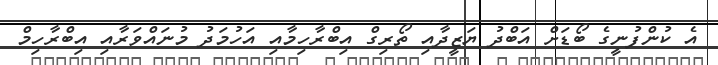
އެ ކުންފުނީގެ ބޯޑަށް އަބްދު ޔަޒީދާއި ތޯރިގް އިބްރާހިމާއި އަހުމަދު މުނައްވަރާއި އިބްރާހިމް